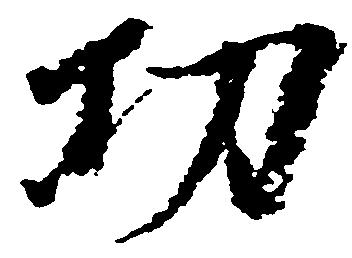
功